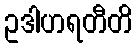
ဥဒါဟရတီတိ